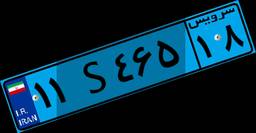
۵۵S۲۳۱۰۴